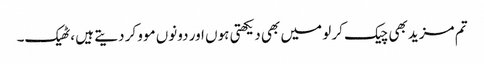
تم مزید بھی چیک کر لو میں بھی دیکھتی ہوں اور دونوں موو کر دیتے ہیں ،ٹھیک۔